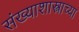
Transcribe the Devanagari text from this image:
संख्याशास्त्राच्या